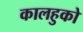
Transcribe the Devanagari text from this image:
कालहुको